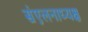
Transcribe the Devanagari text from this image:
संएलनाध्यक्ष